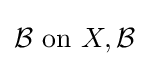
{\mathcal {B}}{\text{ on }}X,{\mathcal {B}}